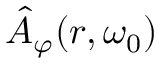
\hat { A } _ { \varphi } ( r , \omega _ { 0 } )